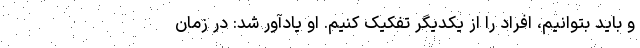
و باید بتوانیم، افراد را از یکدیگر تفکیک کنیم. او یادآور شد: در زمان